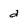
Character: a